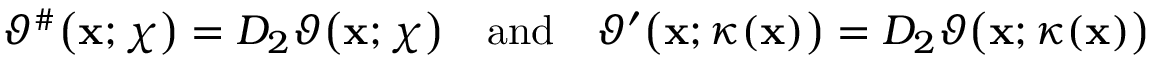
\begin{array} { r } { \vartheta ^ { \# } \big ( \mathbf { x } ; \chi \big ) = D _ { 2 } \vartheta \big ( \mathbf { x } ; \chi \big ) \quad \mathrm { a n d } \quad \vartheta ^ { \prime } \big ( \mathbf { x } ; \kappa ( \mathbf { x } ) \big ) = D _ { 2 } \vartheta \big ( \mathbf { x } ; \kappa ( \mathbf { x } ) \big ) } \end{array}